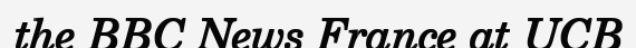
the BBC News France at UCB